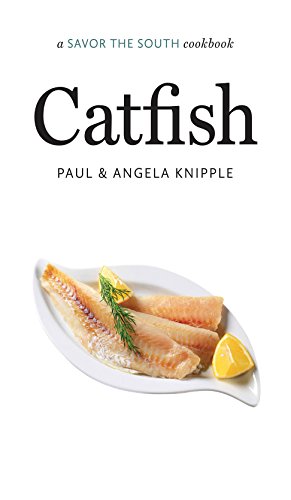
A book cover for Catfish: a Savor the SouthÂ® cookbook (Savor the South Cookbooks); Angela Knipple; Cookbooks, Food & Wine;